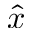
\hat { x }